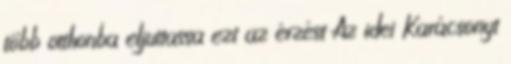
több otthonba eljuttassa ezt az érzést Az idei Karácsonyt